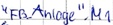
Text: "FB_Anlage".M1